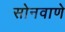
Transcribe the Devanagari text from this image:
सोनवाणे